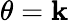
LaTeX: \theta=\mathbf{k}